Insane asylums in Bengal annual reports 1876-1887 - 1876-1887
Year: 1876
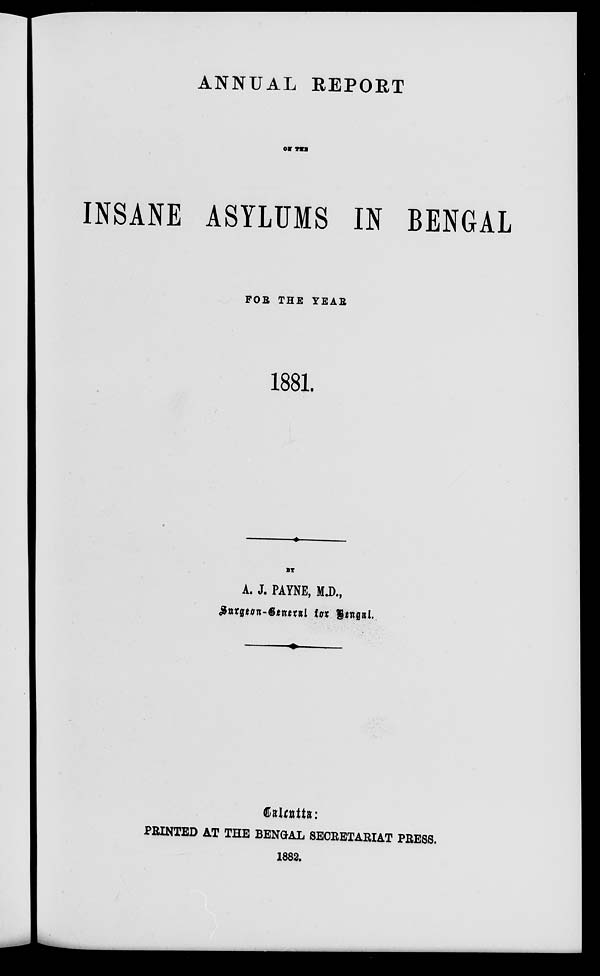
ANNUAL REPORT
OF THE
INSANE ASYLUMS IN BENGAL
FOR THE YEAR
1881.
BY
A. J. PAYNE, M.D.,
Surgeon-General for Bengal.
Calcutta :
PRINTED AT THE BENGAL SECRETARIAT PRESS.
1882.